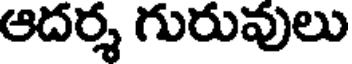
ఆదర్శ గురువులు